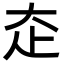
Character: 𡗱